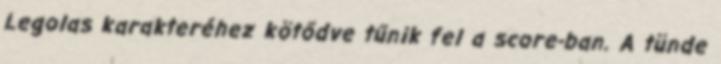
Legolas karakteréhez kötődve tűnik fel a score-ban. A tünde